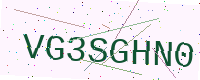
Text: VG3SGHN0